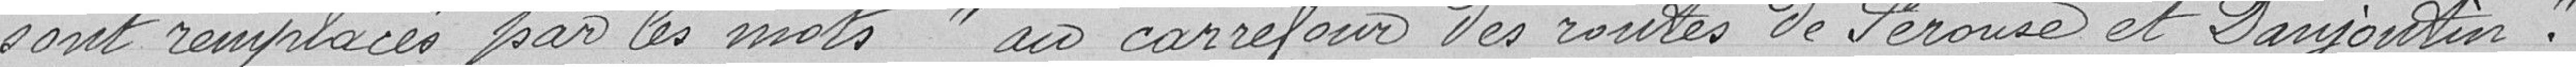
sont remplacés par les mots " au carrefour des routes de Pérouse et Daujoutin ".